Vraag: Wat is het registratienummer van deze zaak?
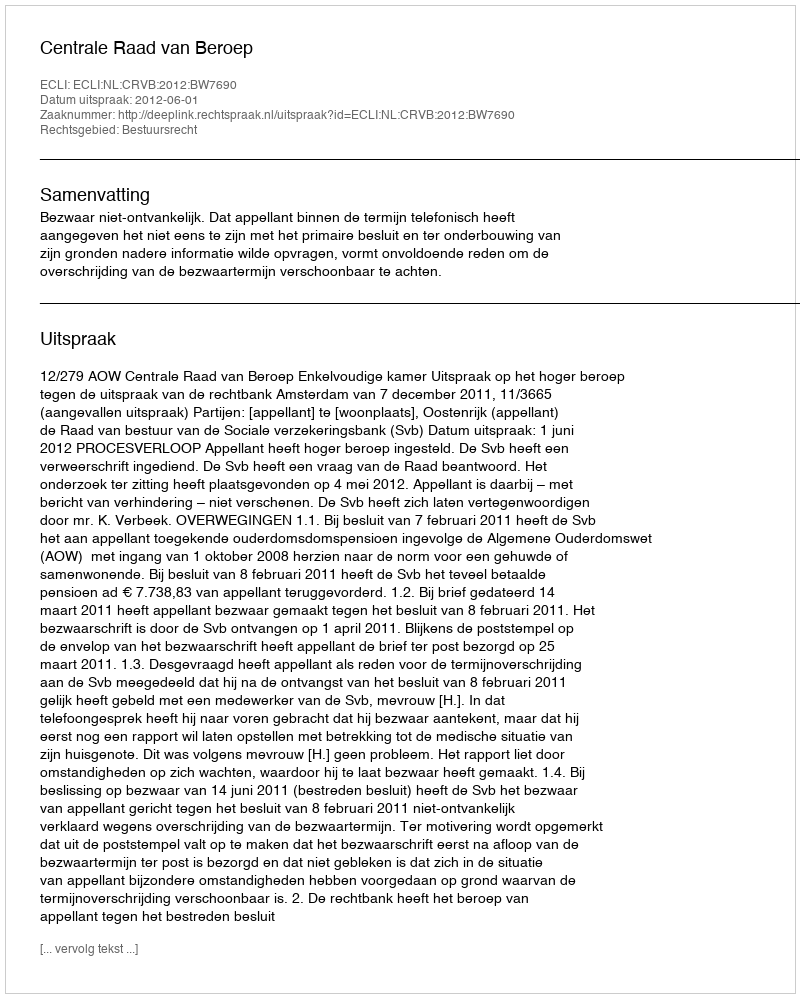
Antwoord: http://deeplink.rechtspraak.nl/uitspraak?id=ECLI:NL:CRVB:2012:BW7690